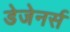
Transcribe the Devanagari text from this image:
डेजेनर्स